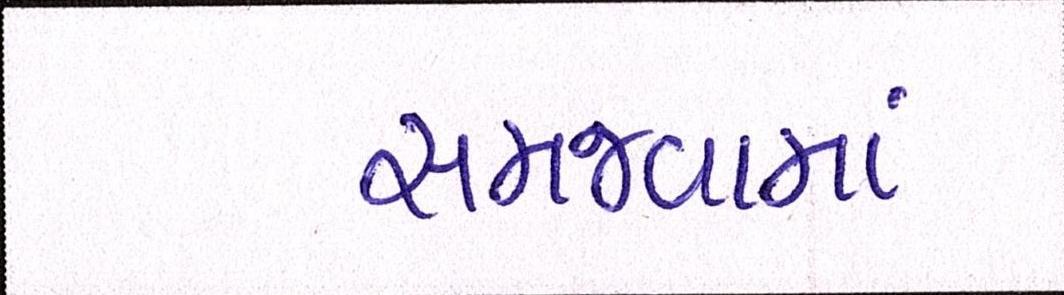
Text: સમજવામાં